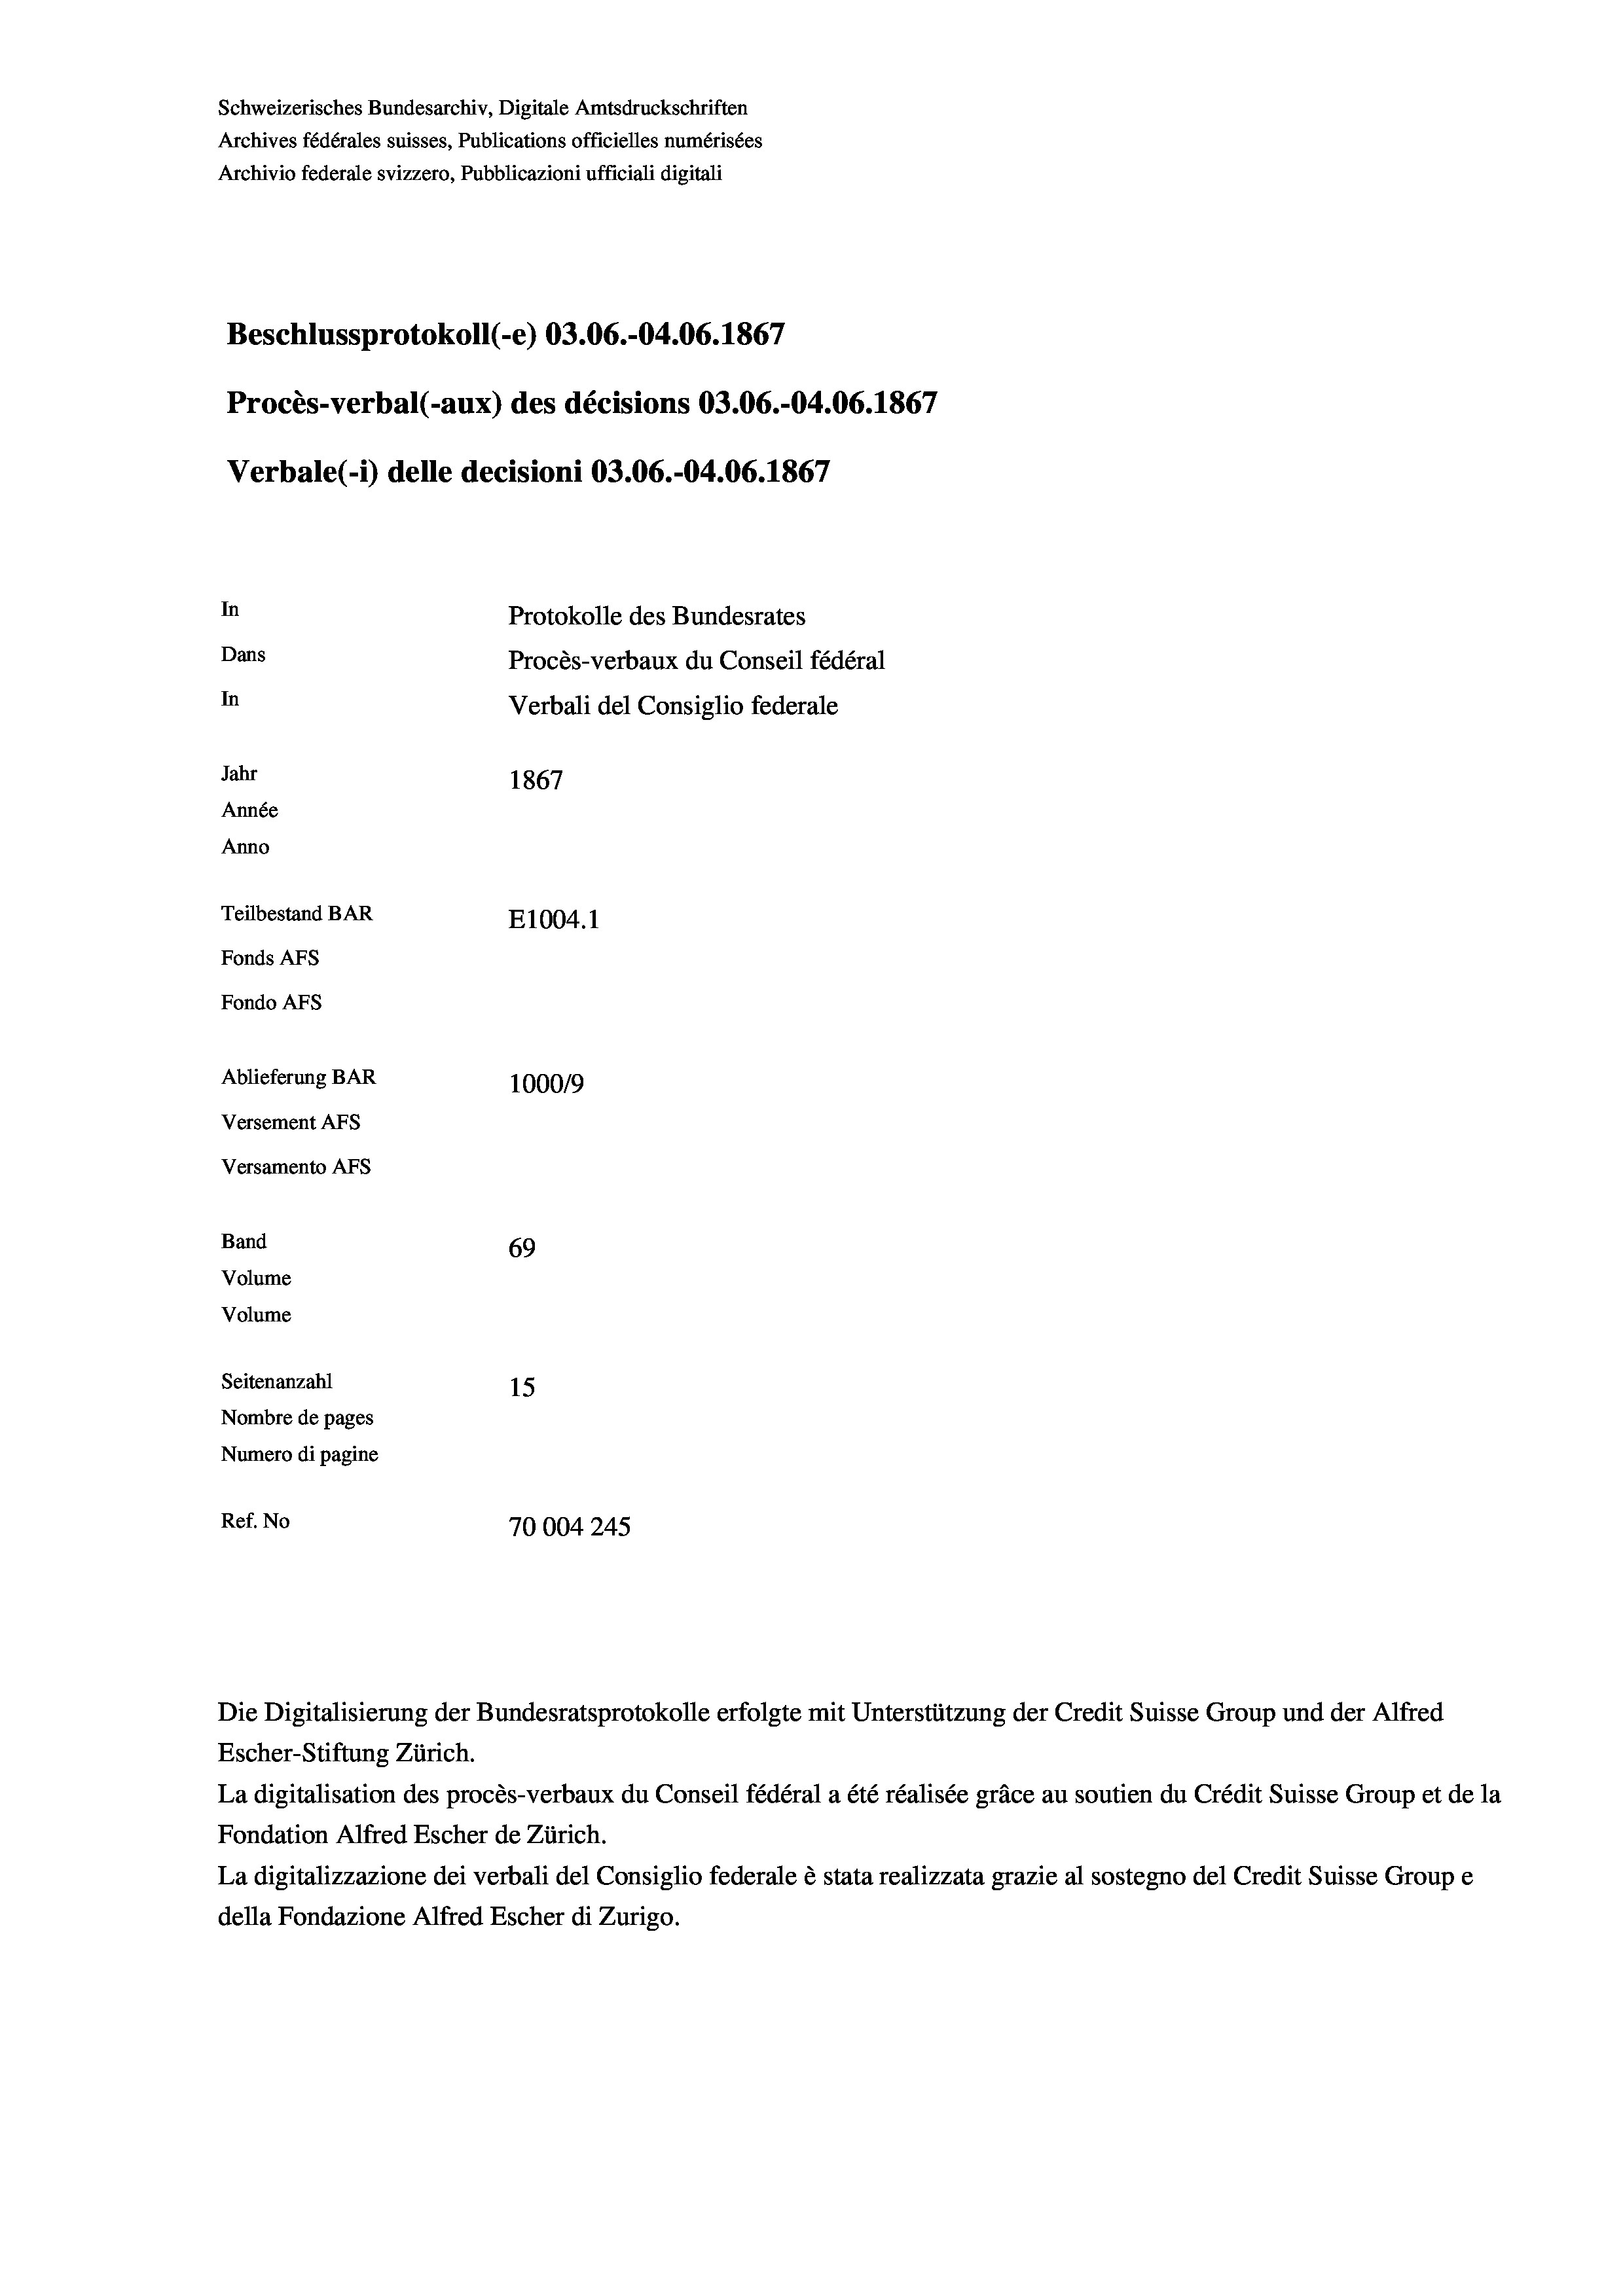
Schweizerisches Bundesarchiv, Digitale Amtsdruckschriften
Archives fédérales suisses, Publications officielles numérisées
Archivio federale svizzero, Pubblicazioni ufficiali digitali
Beschlussprotokoll (-e) 03.06.-04.06. 1867
Procès-verbal (-aux) des décisions 03.06.-04.06. 1867
Verbale(-*) delle decisioni 03.06.-04.06. 1867
In
Protokolle des Bundesrates
Dans
Procès-verbaux du Conseil fédéral
In
Verbali del Consiglio federale
Jahr
1867
Année
Anno
Teilbestand BAR
E1004.1
Fonds AFs
Fondo Afs
Ablieferung BAR
100019
Versement AFs
Versamento AFs
Band
69
Volume
Volume

Seitenanzahl
15
Nombre de pages
Numero di pagine
Ref. No
70004245

Escher-Stiftung Zürich.
La digitalisation des procès-verbaux du Conseil fédéral a été réalisée gräce au soutien du Crédit Suisse Group et de la
Fondation Alfred Escher de Zürich.
La digitalizzazione dei verbali del Consiglio federale è stata realizzata grazie al sostegno del Credit Suisse Groupe
della Fondazione Alfred Escher di Zurigo.

Die Digitalisierung der Bundesratsprotokolle erfolgte mit Unterstützung der Credit Suisse Group und der Alfred